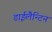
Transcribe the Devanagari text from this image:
डाईलैन्टिन